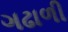
ગઢાળી